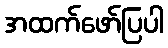
အထက်ဖော်ပြပါ